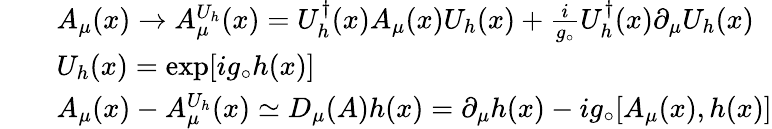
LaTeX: \begin{array}{rcl}{{}}&{{}}&{{A_{\mu}(x)\rightarrow A_{\mu}^{U_{h}}(x)=U_{h}^{\dagger}(x)A_{\mu}(x)U_{h}(x)+\frac{i}{g_{\circ}}U_{h}^{\dagger}(x)\partial_{\mu}U_{h}(x)}}\\ {{}}&{{}}&{{U_{h}(x)=\exp[ig_{\circ}h(x)]}}\\ {{}}&{{}}&{{A_{\mu}(x)-A_{\mu}^{U_{h}}(x)\simeq D_{\mu}(A)h(x)=\partial_{\mu}h(x)-ig_{\circ}[A_{\mu}(x),h(x)]}}\end{array}